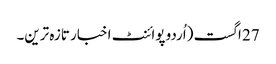
27 اگست (اُردو پوائنٹ اخبار تازہ ترین۔